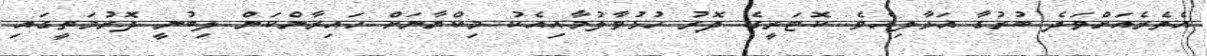
އެތެރެއަށްވަދެ ބުރުގާ އަޅާލިއެވެ. ކޮޓަރީގެ ދޮރު ހުޅުވާލުމާއިއެކު މިކްޔާނަށް ހައިރާންކަން ލިބުނީ ދޮރުމަތީގައި